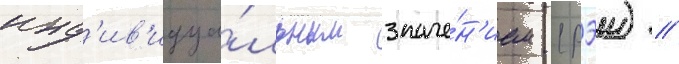
инд'ив'идуа́льным значе́н'ием (рэи) //